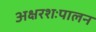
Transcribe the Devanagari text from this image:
अक्षरशःपालन